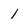
Character: 1